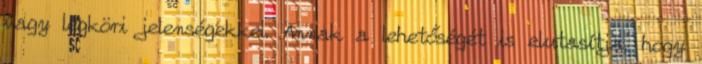
vagy légköri jelenségekkel. Annak a lehetőségét is elutasítja, hogy